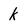
Character: k